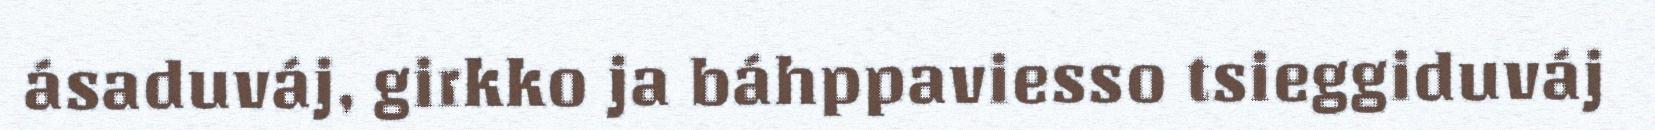
ásaduváj, girkko ja báhppaviesso tsieggiduváj